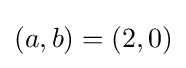
(a,b)=(2,0)